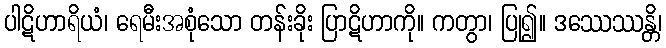
ပါဋိဟာရိယံ၊ ရေမီးအစုံသော တန်းခိုး ပြာဋိဟာကို။ ကတွာ၊ ပြု၍။ ဒဿေဿန္တိ၊